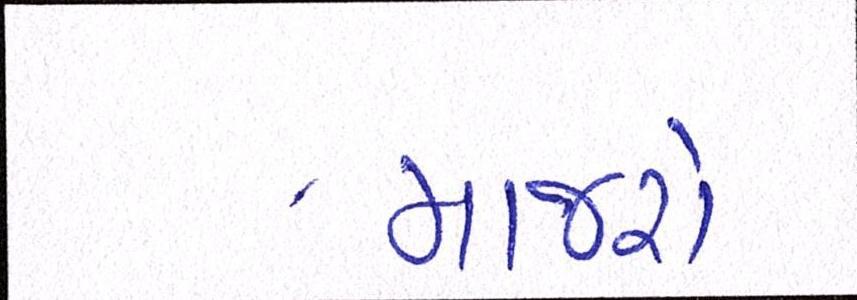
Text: માજરો